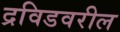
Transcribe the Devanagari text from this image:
द्रविडवरील